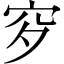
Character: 穸